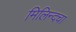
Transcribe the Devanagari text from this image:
मिलिन्दचा